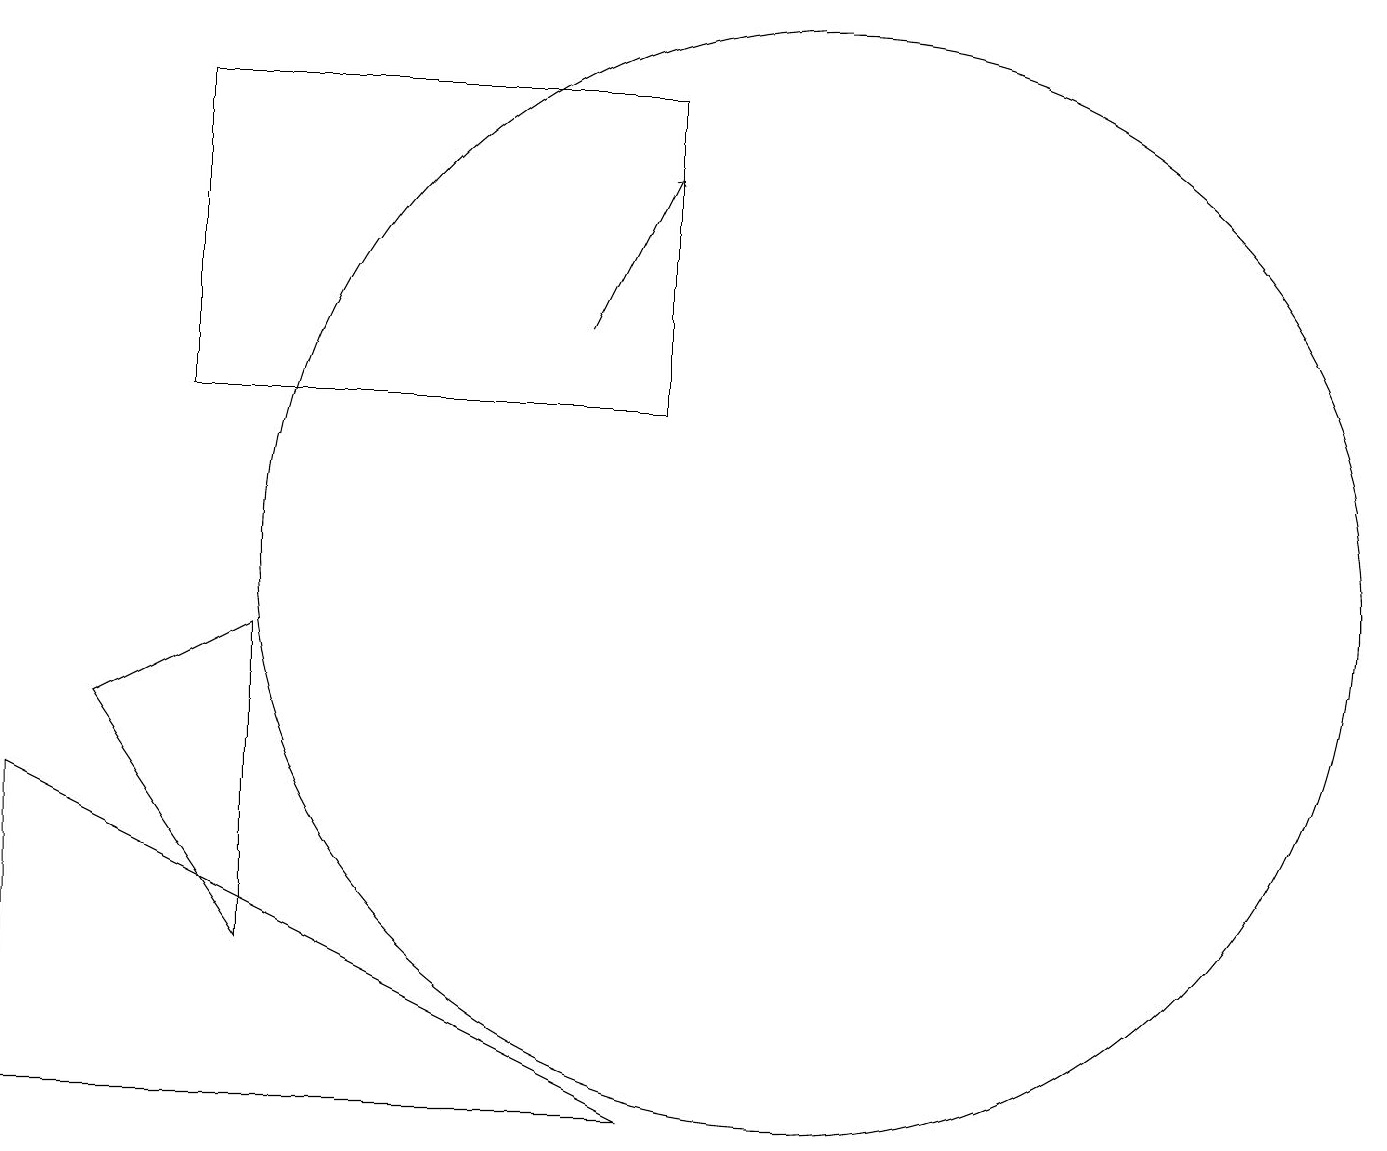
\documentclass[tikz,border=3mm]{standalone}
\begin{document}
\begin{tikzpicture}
\draw[->] (8,13) -- (9,15);
\draw (11,10) circle (7);
\draw (3,16) rectangle (9,12);
\draw (2,8) -- (4,9) -- (4,5) -- cycle;
\draw (1,3) -- (9,3) -- (1,7) -- cycle;
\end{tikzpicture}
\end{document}